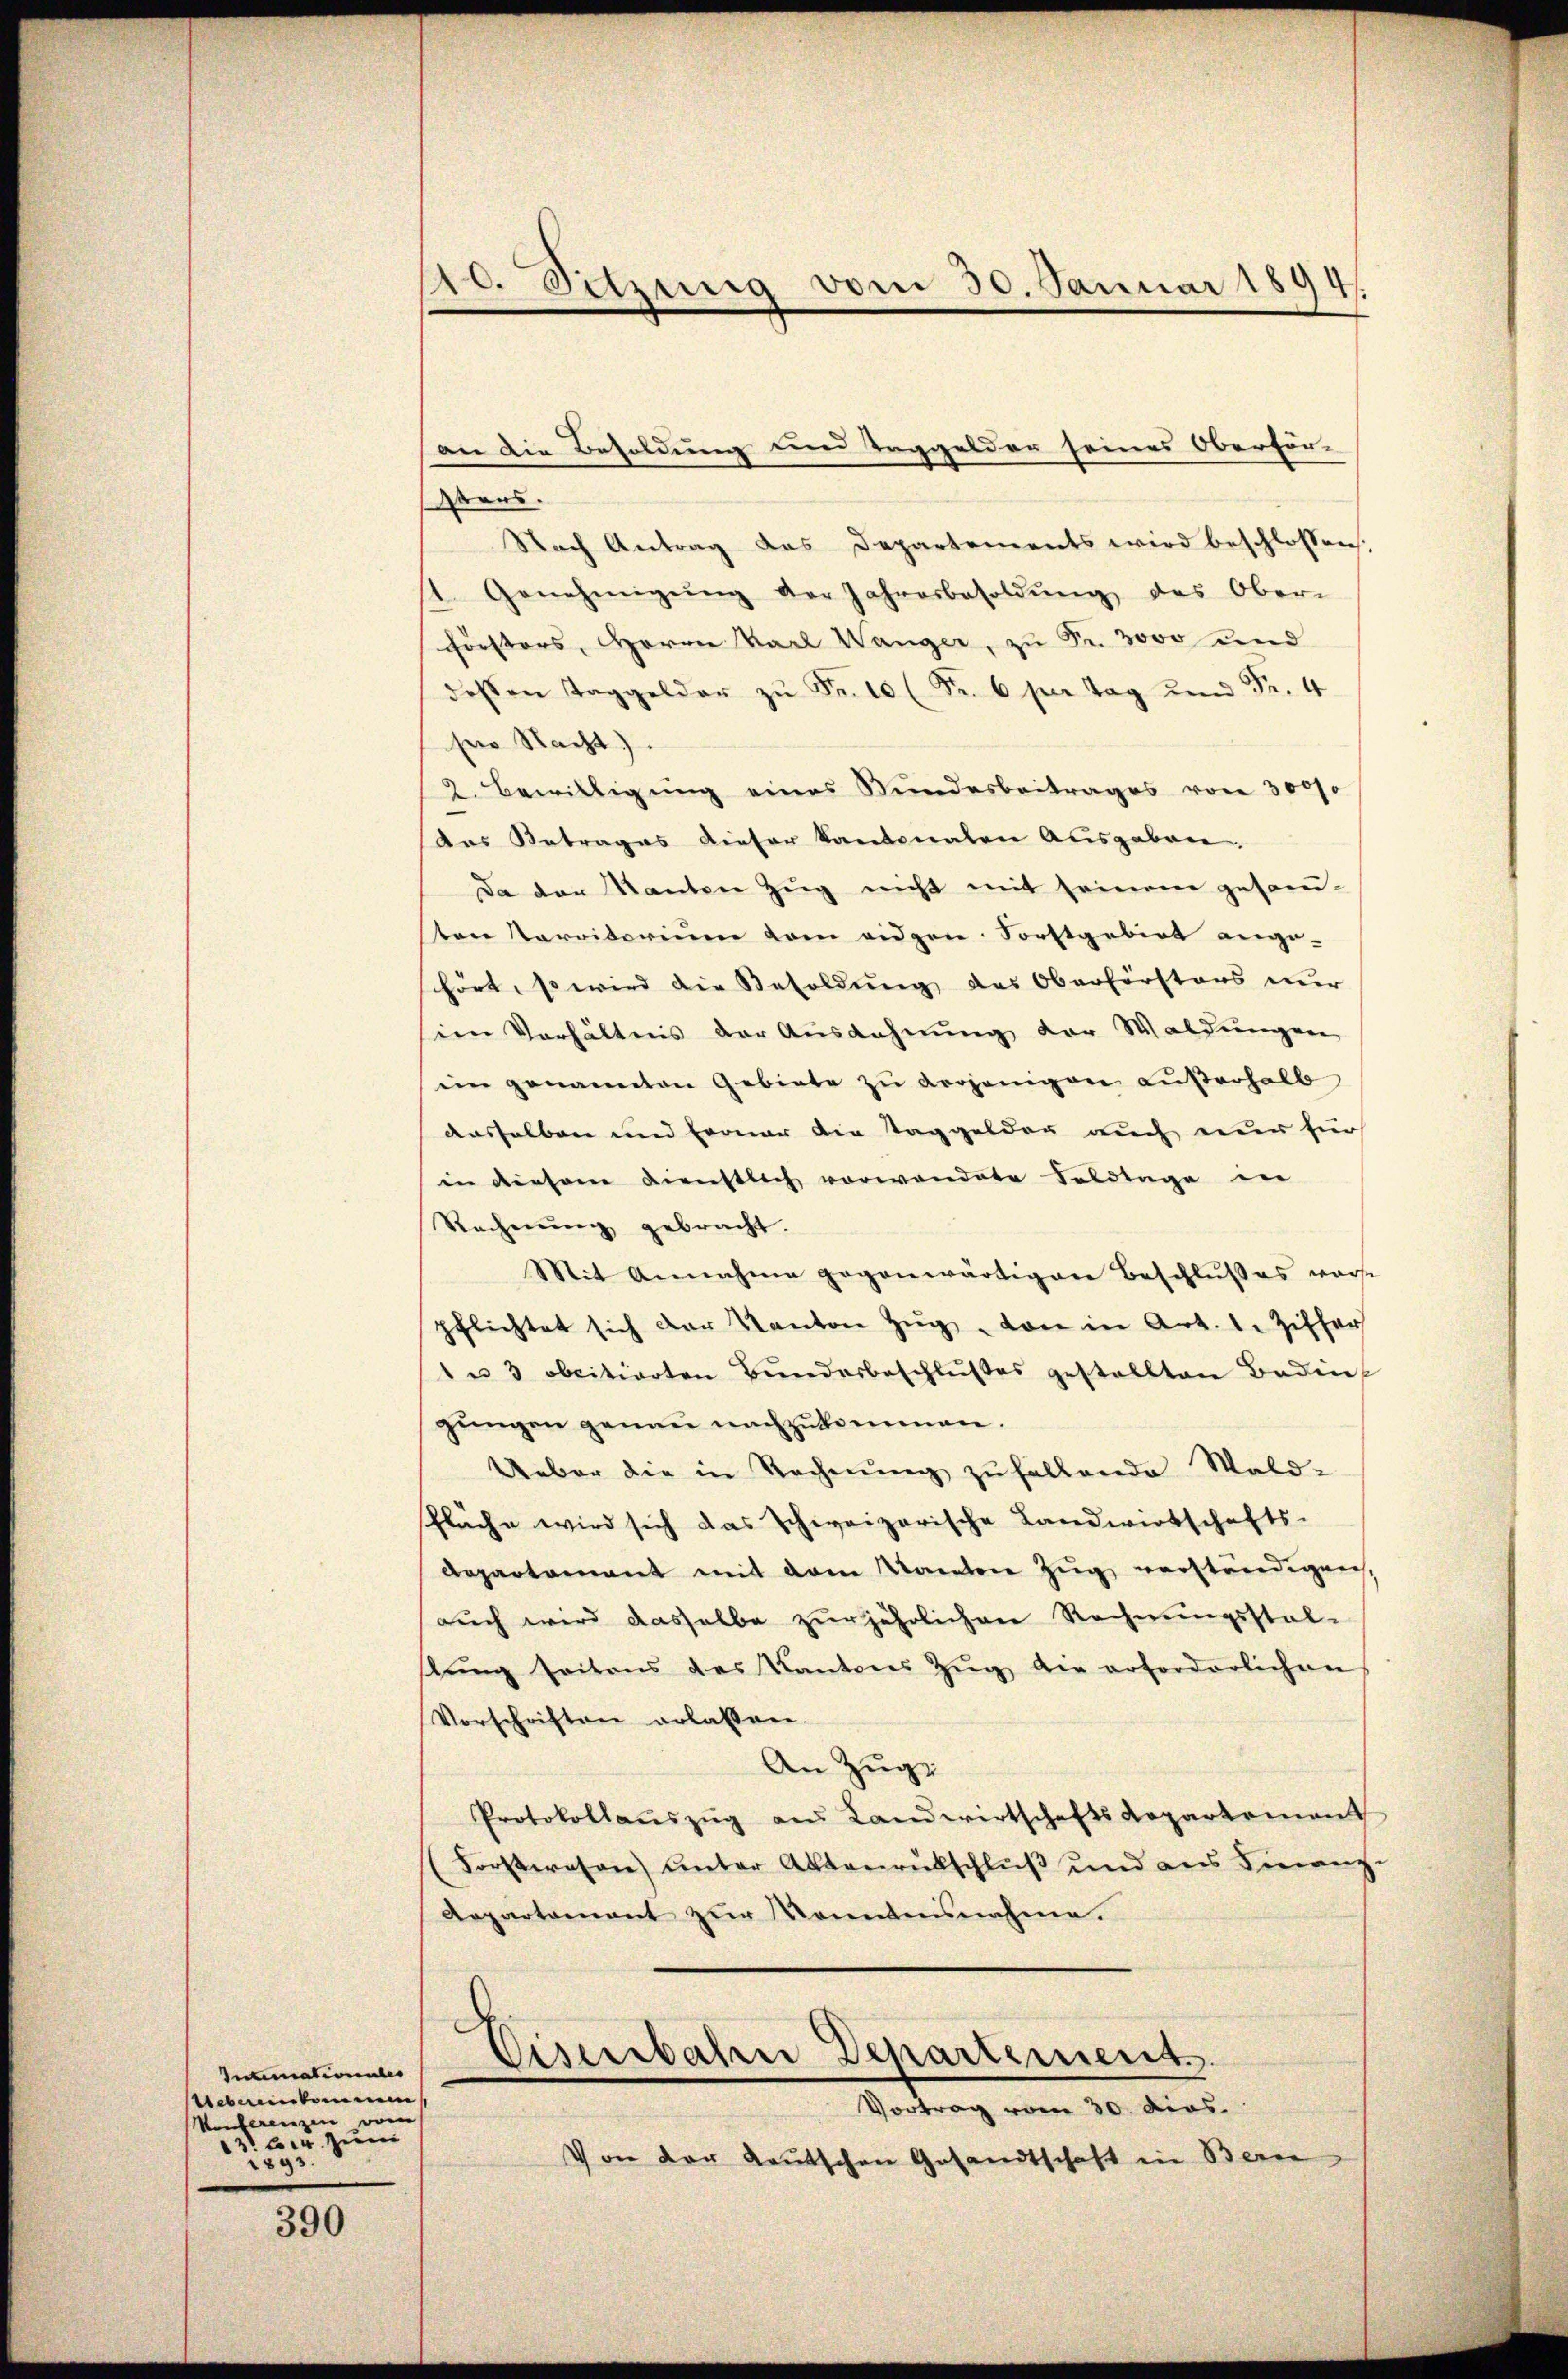
Intimationales
ebereinkomme
Konferenzen
13 der zum
1893.

390

10. Setzung vom 30. Januar 1894/
)

Vers.
Nach Antrag das Departements wird beschlossen.
1. Genehmigŭng der Jahresbesoldŭng des Ober-
Forstors, Herren Karl Wanger, zu Fr. 3000 und
deβen Taggelder zŭ Fr. 10 (Fr. 6 per Tag und Fr. 4
se Nacht).
2. Bewilligung eines Bundesbeitrages von 30000
Das Betrages dieser kantonalen Ausgaben.
Da der Kanton Zug nicht mit seinem gesam-
sten Parritorium vom eidgen. Forstgebirt ange-
hört, so wird die Besoldung des Oberförstens nŭr
im Verhältnis der Ausdehnung der Waldungen
ein genannten Gebiete zu vorjenigen außerhalb
aasselben und Fronar die Taggelder auch nur für
in diesem Dienstlich vorwandete Feldtage in
Rechnŭng gebracht.
Mit Annahme gegenwärtigen Beschlußes warst
pflichtet sich der Kanton Zŭg von in Art. 1. Ziffer
1 u 3 obcitierten Bŭndarbeschlußes gestellten Baden
gungen genau nachzukommen.
Ueber die in Rechnŭng zufallende Wald-
Pläche wird sich das schweizerische Landwirtschafts-
Aepartamant mit dem Kanton Zug verständigen,
auch wird dasselbe zur jährlichen Rechnungsstelstŭng seitens des Kantons Zŭg die erforderlichen
Vorschriften erlassen.
An Zuge
Protokollaŭszŭg aŭs Landwirtschafts Repartement
Forstwesen) unter Aktenrutschluß und aus Finanz-
Aepartament zŭr Konntensnahme.

Vortrag vom 30. ders.
Von der deutschen Gesandtschaft in Bern

an die Besoldung und Taggelder seines Oberför-

Eisenbahn Departement